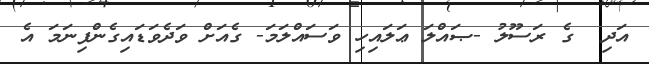
އަދި  ގެ ރަސޫލު -ޞައްލަ ޢަލައިހި ވަސައްލަމަ- ގެއަށް ވަދެވަޑައިގެންފިނަމަ އެ